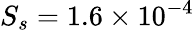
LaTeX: S_{s}=1.6\times 10^{-4}